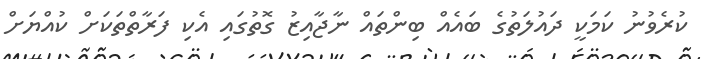
ކުރެވުނު ކަމަކީ ދައުލަތުގެ ބައެއް ބިންތައް ނާޖާއިޒު ގޮތުގައި އެކި ފަރާތްތަކަށް ކުއްޔަށް